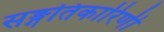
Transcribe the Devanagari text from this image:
सङ्गतिकारिणी